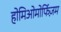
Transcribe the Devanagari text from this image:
होमिओमोर्फिज़म